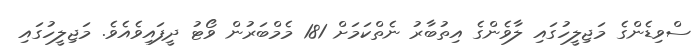
ސްވިޑެންގެ މަޖިލީހުގައި ލާވެންގެ އިތުބާރު ނެތްކަމަށް 181 މެމްބަރުން ވޯޓު ދީފައިވެއެވެ. މަޖިލީހުގައި